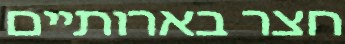
חצר בארותיים